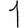
Digit: 1